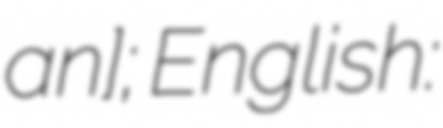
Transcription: ʔan]; English: